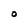
Character: O